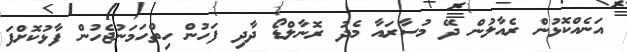
އަނެއްކޮޅުން ރެއާލުން ދޭ މުސާރައާ މެދު ރޮނާލްޑޯ ދާދި ފަހުން ހިތްހަމަނުޖެހުން ފާޅުކޮށްފަ